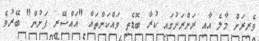
ވެރިރަށް މާލެ އާއި ރަށްރަށުގައި ކުރާ ބޮޑެތި ވައްކަންތައް "އައްސޭރި ފަށުން" ބޭރުވެ